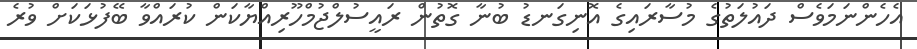
އެހެންނަމަވެސް ދައުލަތުގެ މުސާރައިގެ އޮނިގަނޑު ބުނާ ގޮތުން ރައީސުލްޖުމްހޫރިއްޔާކަން ކުރައްވާ ބޭފުޅަކަށް ވުރެ